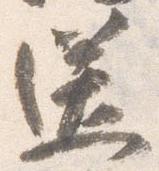
送